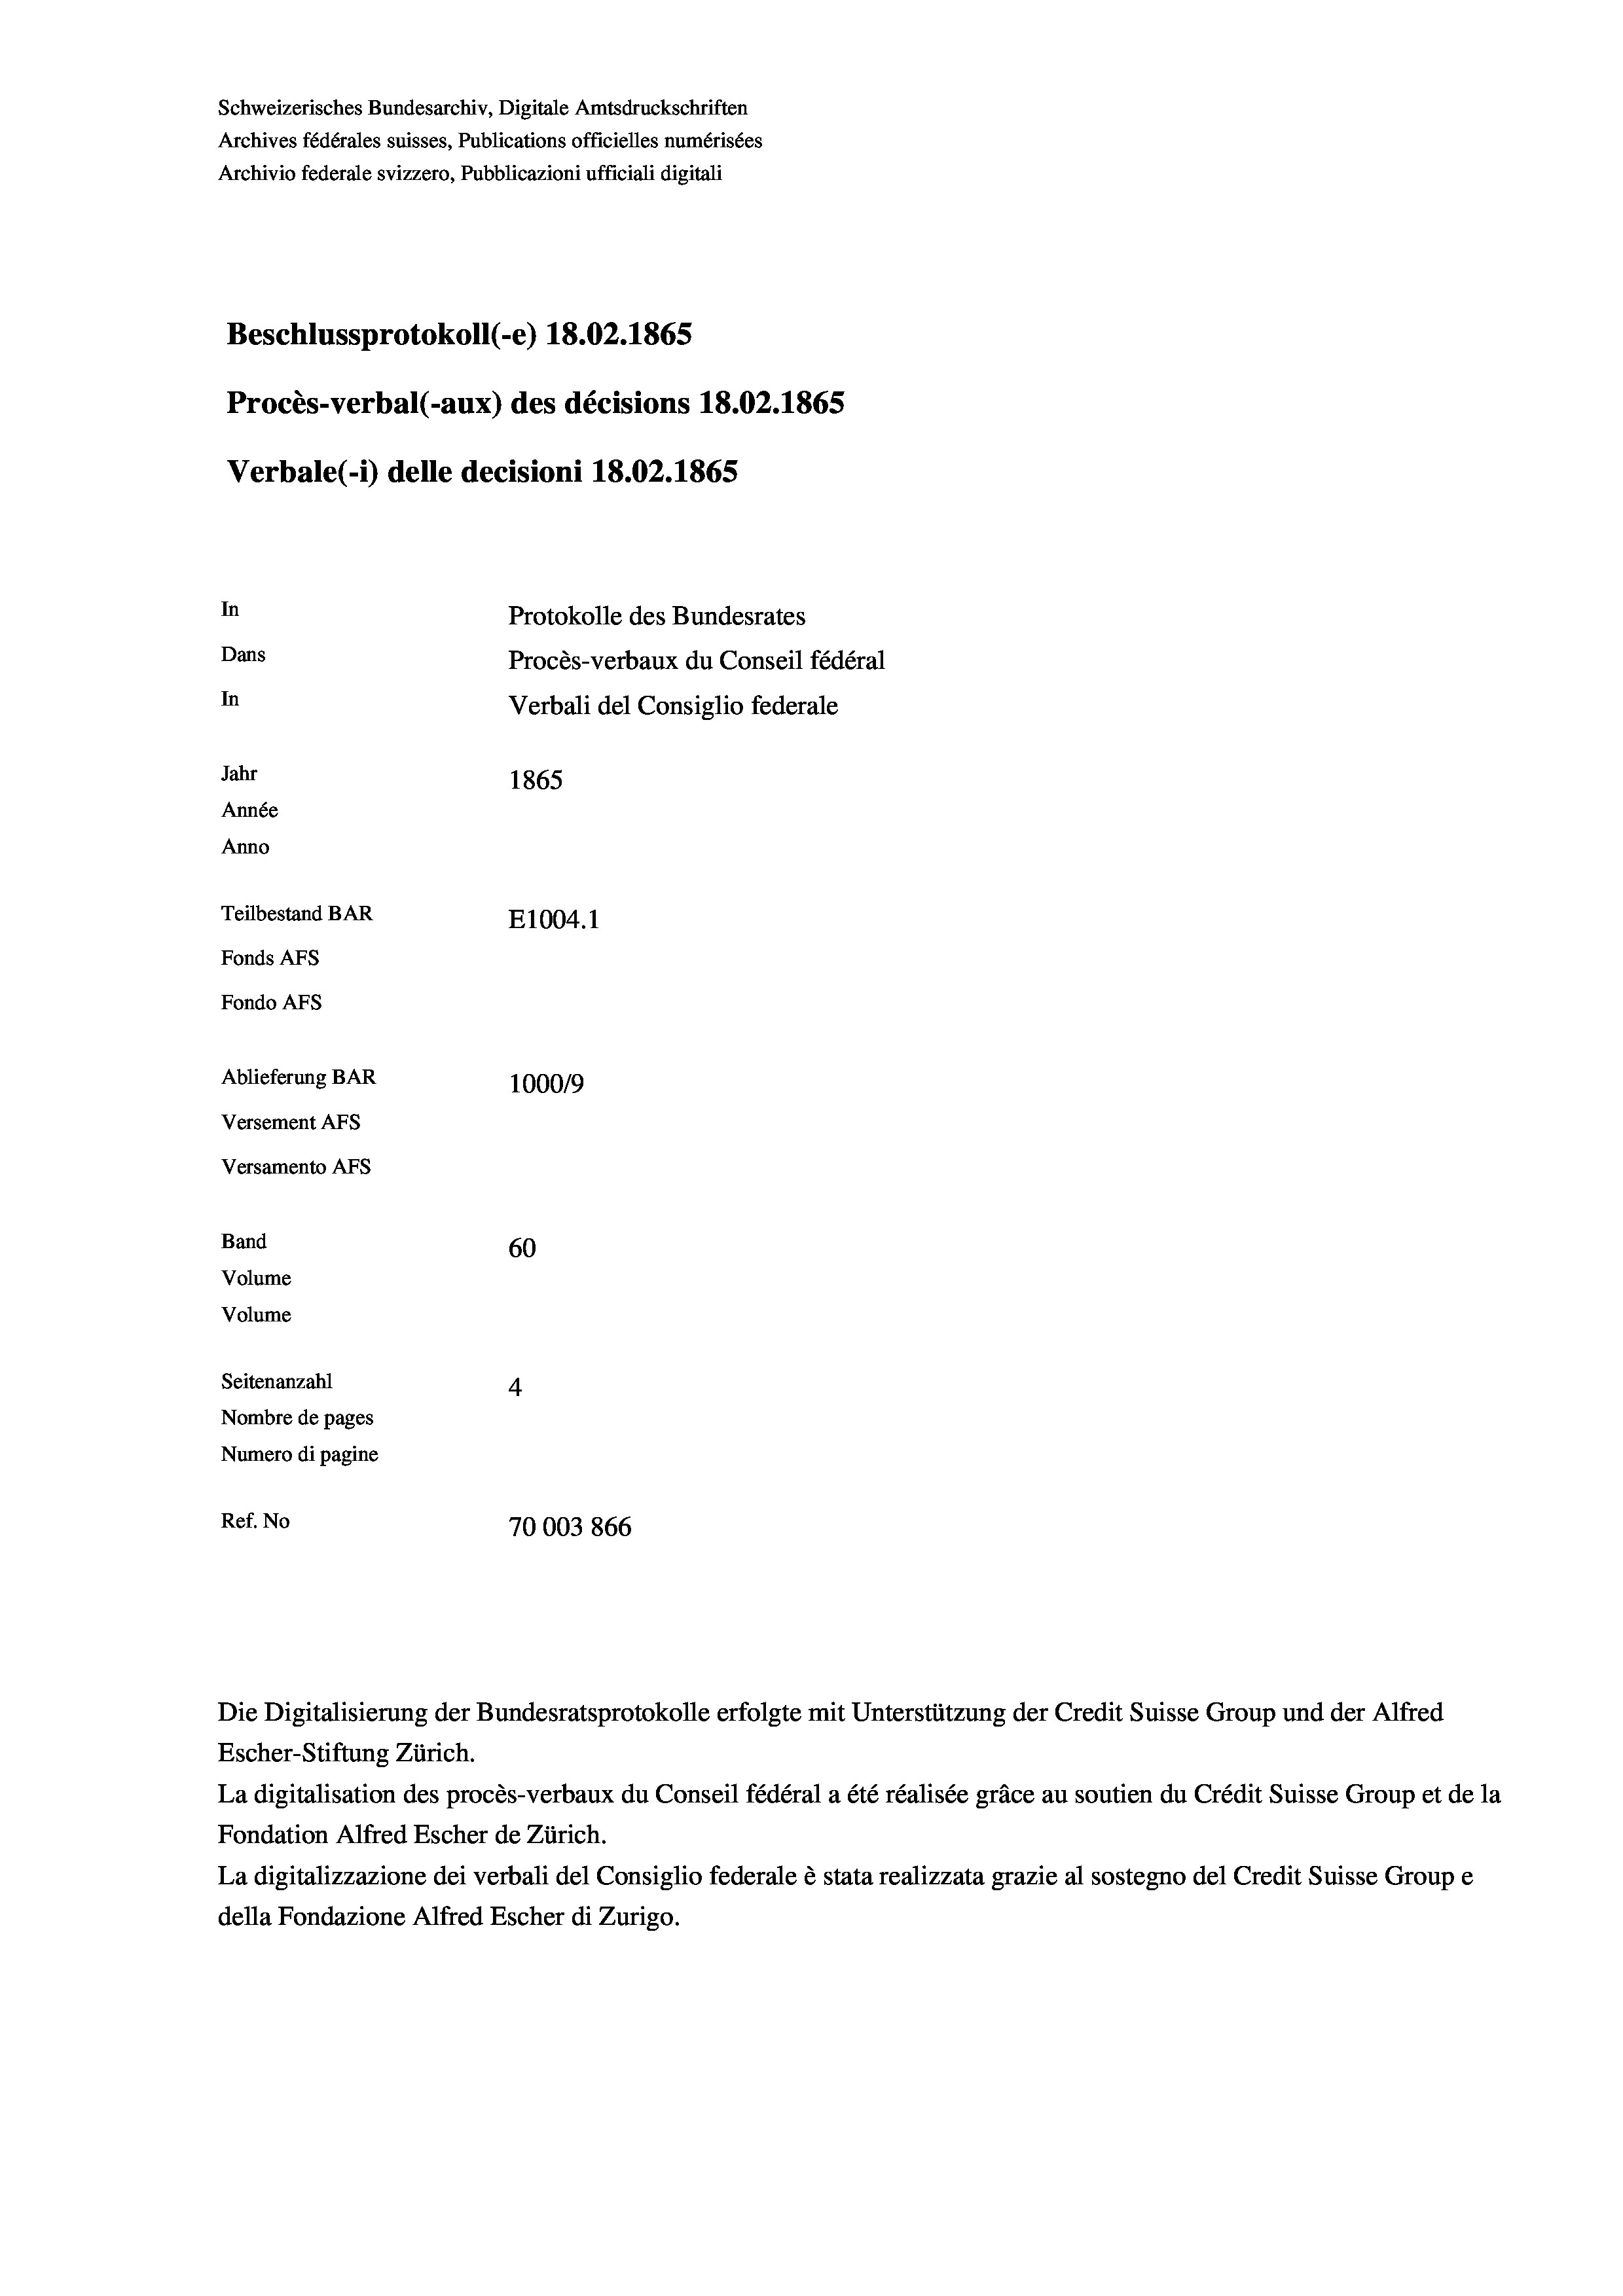
Schweizerisches Bundesarchiv, Digitale Amtsdruckschriften
Archives fédérales suisses, Publications officielles numérisées
Archivio federale svizzero, Pubblicazioni ufficiali digitali
Beschlussprotokoll (-e) 18.02. 1865
Procès-verbal (-aux) des décisions 18.02. 1865
Verbale(*) delle decisioni 18.02. 1865
In
Protokolle des Bundesrates
Dans
Procès-verbaux du Conseil fédéral
In
Verbali del Consiglio federale
Jahr
1865
Année
Anno
Teilbestand BAR
E1004. 1
Fonds AFs
Fondo AFS
Ablieferung BAR
100019
Versement Abs
Versamento Afs
Band
60
Volume
Volume

Seitenanzahl
4
Nombre de pages
Numero di pagine
Ref. No
70003866

Escher-Stiftung Zürich.
La digitalisation des procès-verbaux du Conseil fédéral a été réalisée gräce au soutien du Crédit Suisse Group et de la
Fondation Alfred Escher de Zürich.
La digitalizzazione dei verbali del Consiglio federale è stata realizzata grazie al sostegno del Credit Suisse Groupe
della Fondazione Alfred Escher di Zurigo.

Die Digitalisierung der Bundesratsprotokolle erfolgte mit Unterstützung der Credit Suisse Group und der Alfred